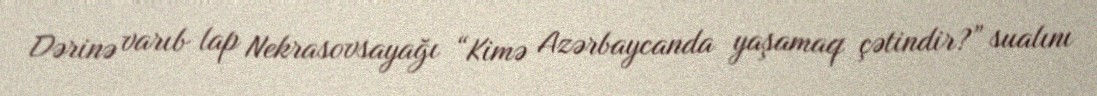
Dərinə varıb lap Nekrasovsayağı “Kimə Azərbaycanda yaşamaq çətindir?” sualını